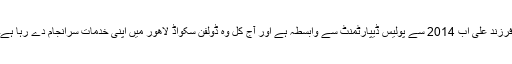
فرزند علی اب 2014 سے پولیس ڈیپارٹمنٹ سے وابسطہ ہے اور آج کل وہ ڈولفن سکواڈ لاھور میں اپنی خدمات سرانجام دے رہا ہے۔